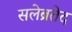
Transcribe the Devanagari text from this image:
सलेब्रतेद